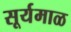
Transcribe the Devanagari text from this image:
सूर्यमाळ